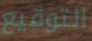
التوقيع